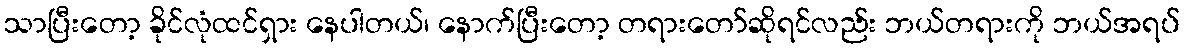
သာပြီးတော့ ခိုင်လုံထင်ရှား နေပါတယ်၊ နောက်ပြီးတော့ တရားတော်ဆိုရင်လည်း ဘယ်တရားကို ဘယ်အရပ်